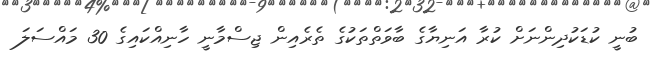
ބުނީ ކުޑަކުދިންނަށް ކުރާ އަނިޔާގެ ބާވަތްތަކުގެ ތެރެއިން ޖިސްމާނީ ހާނިއްކައިގެ 30 މައްސަލަ